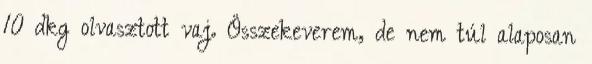
10 dkg olvasztott vaj. Összekeverem, de nem túl alaposan